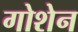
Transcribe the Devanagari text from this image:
गोशेन